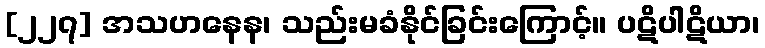
[၂၂၇] အသဟနေန၊ သည်းမခံနိုင်ခြင်းကြောင့်။ ပဋိပါဋိယာ၊